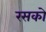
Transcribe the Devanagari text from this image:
रसको